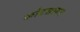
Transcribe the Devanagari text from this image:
कोटसागर